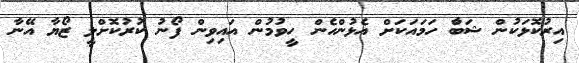
އިރުކޮޅަކުން ޝަބާް ހަމައަކަށް އެޅުންހެން ހީވުމުން އައިވިން ފޯނު ކުރުކޮށްލީ ޒޯޔާ އޭނާ